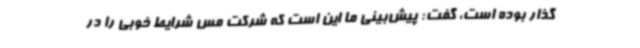
گذار بوده است، گفت: پیش‌بینی ما این است که شرکت مس شرایط خوبی را در